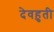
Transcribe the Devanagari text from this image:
देवहुती